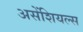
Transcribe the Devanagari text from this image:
असेंशियल्स